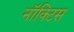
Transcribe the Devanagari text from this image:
नॉक्टिस